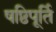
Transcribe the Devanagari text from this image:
षष्ठिपूर्ति